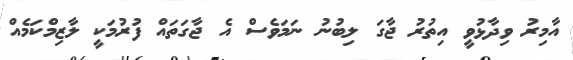
އާމިރު ވިދާޅުވީ އިތުރު ޖާގަ ލިބުނު ނަމަވެސް އެ ޖާގަތައް ފުރުމަކީ ލާޒިމްކަމެއް